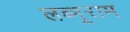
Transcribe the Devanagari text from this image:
लब्भूराम